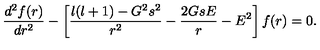
{ \frac { d ^ { 2 } f ( r ) } { d r ^ { 2 } } } - \left[ { \frac { l ( l + 1 ) - G ^ { 2 } s ^ { 2 } } { r ^ { 2 } } } - { \frac { 2 G s E } { r } } - E ^ { 2 } \right] f ( r ) = 0 .